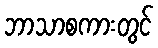
ဘာသာစကားတွင်